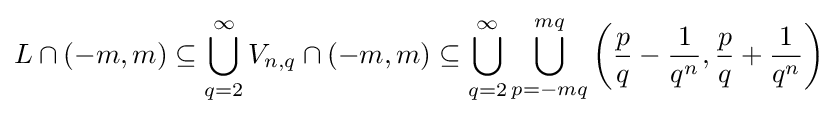
L\cap (-m,m)\subseteq \bigcup \limits _{q=2}^{\infty }V_{n,q}\cap (-m,m)\subseteq \bigcup \limits _{q=2}^{\infty }\bigcup \limits _{p=-mq}^{mq}\left({\frac {p}{q}}-{\frac {1}{q^{n}}},{\frac {p}{q}}+{\frac {1}{q^{n}}}\right)